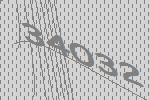
34032